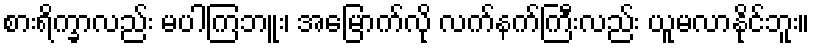
စားရိက္ခာလည်း မပါကြဘူး၊ အမြောက်လို လက်နက်ကြီးလည်း ယူမလာနိုင်ဘူး။